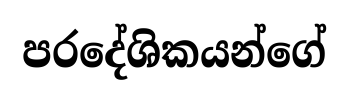
පරදේශිකයන්ගේ